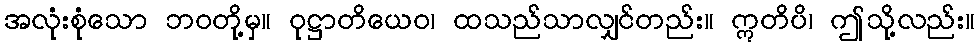
အလုံးစုံသော ဘဝတို့မှ။ ဝုဋ္ဌာတိယေဝ၊ ထသည်သာလျှင်တည်း။ ဣတိပိ၊ ဤသို့လည်း။